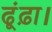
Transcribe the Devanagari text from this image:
ढूंढ़ा।